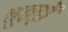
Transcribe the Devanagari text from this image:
चूतड़ों